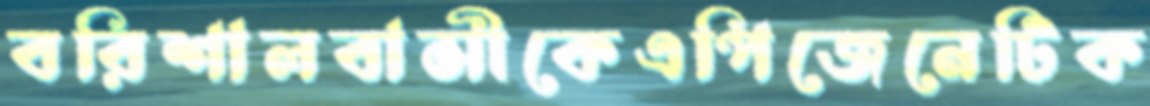
বরিশালবাসীকেএপিজেনেটিক